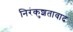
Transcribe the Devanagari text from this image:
निरंकुशतावाद